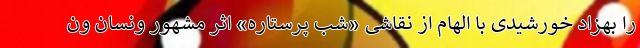
را بهزاد خورشیدی با الهام از نقاشی «شب پرستاره» اثر مشهور ونسان ون